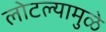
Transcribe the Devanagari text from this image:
लोटल्यामुळे